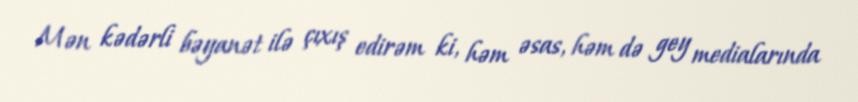
Mən kədərli bəyanət ilə çıxış edirəm ki, həm əsas, həm də gey medialarında